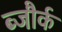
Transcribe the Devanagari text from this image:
ब्जौर्क